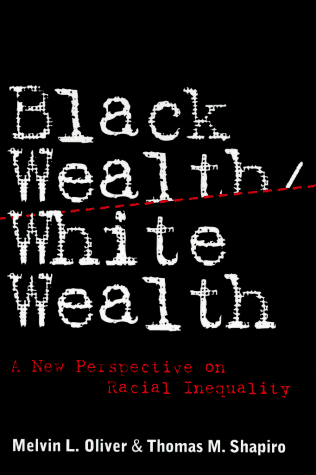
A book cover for Black Wealth/ White Wealth: A New Perspective on Racial Inequality; Thomas M. Shapiro; Business & Money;